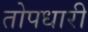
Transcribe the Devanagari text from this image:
तोपधारी